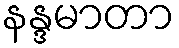
နန္ဒမာတာ